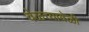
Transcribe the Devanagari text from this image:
वेळ्च्यावेळी